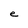
Character: e